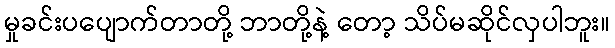
မှုခင်းပပျောက်တာတို့ ဘာတို့နဲ့ တော့ သိပ်မဆိုင်လှပါဘူး။